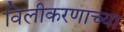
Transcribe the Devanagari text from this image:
विलीकरणाच्या